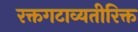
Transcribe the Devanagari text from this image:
रक्तगटाव्यतीरिक्त